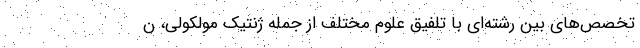
تخصص‌های بین رشته‌ای با تلفیق علوم مختلف از جمله ژنتیک مولکولی، ن